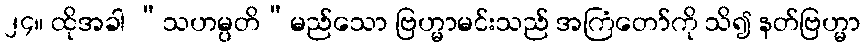
၂၄။ ထိုအခါ “သဟမ္ပတိ”မည်သော ဗြဟ္မာမင်းသည် အကြံတော်ကို သိ၍ နတ်ဗြဟ္မာ